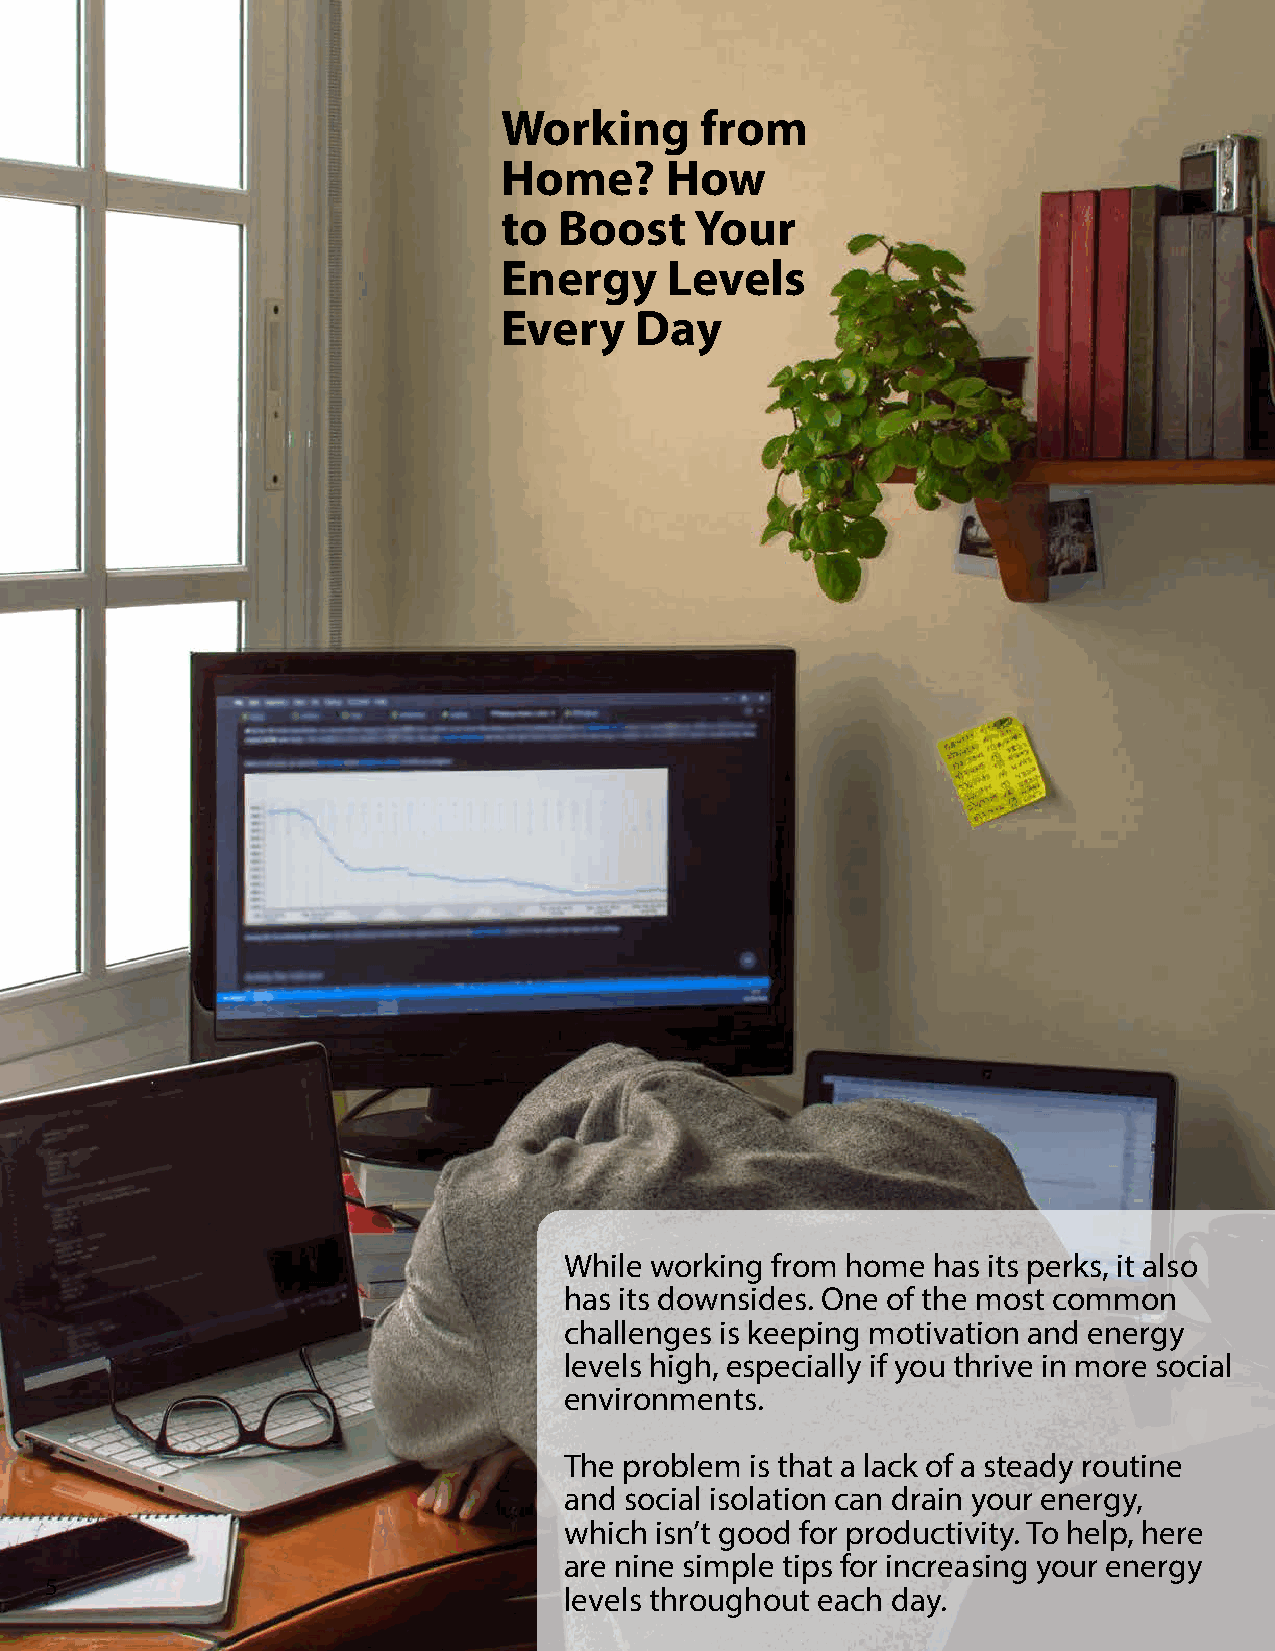
Working      from
 Home?      How
 to  Boost    Your
 Energy     Levels
 Every    Day
 While working from home  has its perks, it also
 has its downsides. One of the most common
 challenges is keeping motivation and energy
 levels high, especially if you thrive in more social
 environments.
 The problem  is that a lack of a steady routine
 and social isolation can drain your energy,
 which isn’t good for productivity. To help, here
 are nine simple tips for increasing your energy
 5
 levels throughout each day.